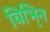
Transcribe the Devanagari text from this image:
विभि्न